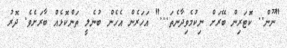
"ނޫން.. ކޮޓަރިން ބޭރަށް ނިކުމެވިދާނެތަ..." އަހަރެން އެހެން ބުނެލީ ތަންކޮޅެއް ބާރަށެވެ. ދޮރު